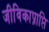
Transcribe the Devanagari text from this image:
जीविकाप्राप्ति